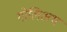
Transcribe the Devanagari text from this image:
गोलिअथ